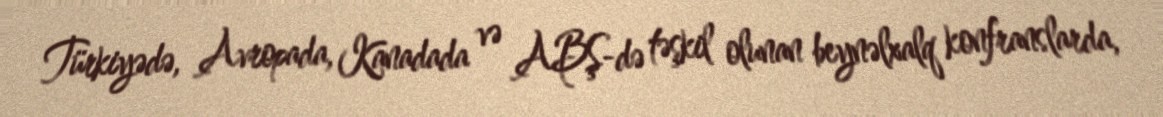
Türkiyədə, Avropada, Kanadada və ABŞ-də təşkil olunan beynəlxalq konfranslarda,